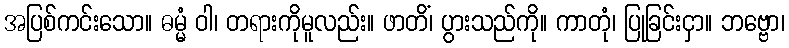
အပြစ်ကင်းသော။ ဓမ္မံ ဝါ၊ တရားကိုမူလည်း။ ဖာတိံ၊ ပွားသည်ကို။ ကာတုံ၊ ပြုခြင်းငှာ။ ဘဗ္ဗော၊